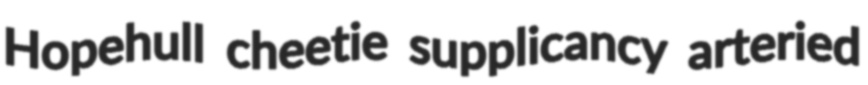
Hopehull cheetie supplicancy arteried